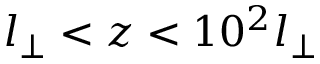
l _ { \perp } < z < 1 0 ^ { 2 } l _ { \perp }